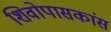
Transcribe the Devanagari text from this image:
शिवोपासकांस